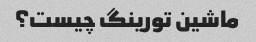
ماشین تورینگ چیست؟